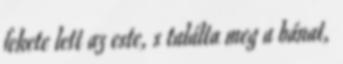
fekete lett az este, s találta meg a bánat,